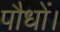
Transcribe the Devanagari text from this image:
पौधों।